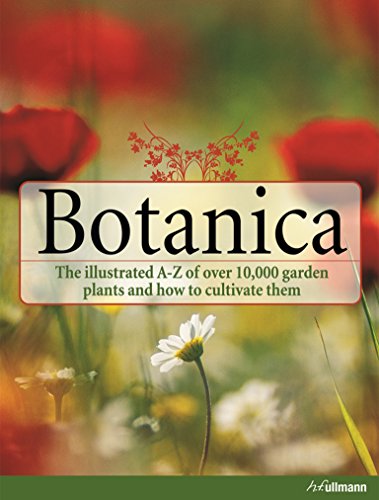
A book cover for Botanica: The Illustrated a-Z of Over 10.000 Garden Plants and How to Cultivate Them; COLLECTIVE WORK; Crafts, Hobbies & Home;